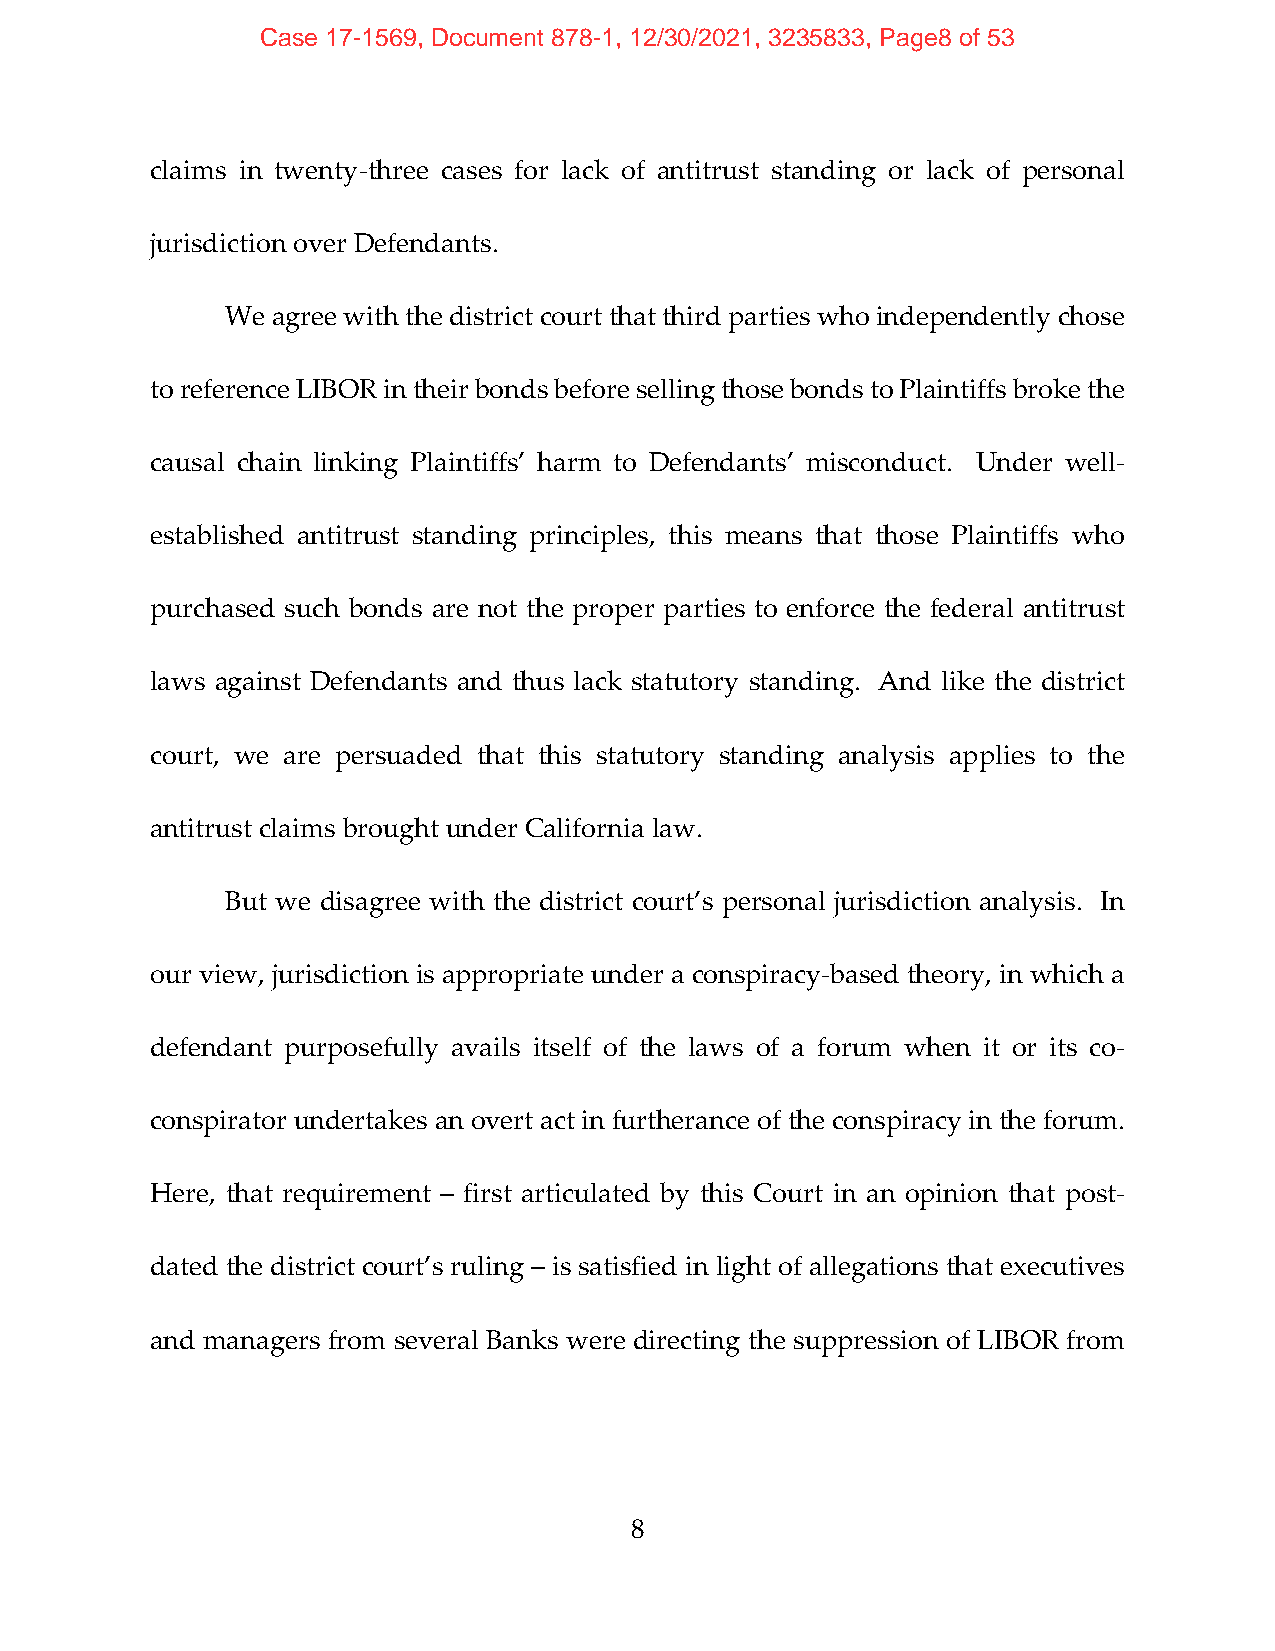
Case 17-1569, Document 878-1, 12/30/2021, 3235833, Page8 of 53
 claims in twenty‐three cases for lack of antitrust standing or lack of personal
 jurisdiction over Defendants.
 We agree with the district court that third parties who independently chose
 to reference LIBOR in their bonds before selling those bonds to Plaintiffs broke the
 causal chain linking Plaintiffs’ harm to Defendants’ misconduct. Under well‐
 established antitrust standing principles, this means that those Plaintiffs who
 purchased such bonds are not the proper parties to enforce the federal antitrust
 laws against Defendants and thus lack statutory standing. And like the district
 court, we are persuaded that this statutory standing analysis applies to the
 antitrust claims brought under California law.
 But we disagree with the district court’s personal jurisdiction analysis. In
 our view, jurisdiction is appropriate under a conspiracy‐based theory, in which a
 defendant purposefully avails itself of the laws of a forum when it or its co‐
 conspirator undertakes an overt act in furtherance of the conspiracy in the forum.
 Here, that requirement – first articulated by this Court in an opinion that post‐
 dated the district court’s ruling – is satisfied in light of allegations that executives
 and managers from several Banks were directing the suppression of LIBOR from
 8